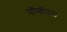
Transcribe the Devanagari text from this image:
मॉसॉउल